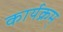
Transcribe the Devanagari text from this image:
कार्यक्रम्